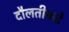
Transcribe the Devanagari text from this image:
दौलतीकडे